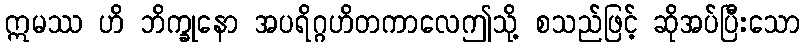
ဣမဿ ဟိ ဘိက္ခုနော အပရိဂ္ဂဟိတကာလေဤသို့ စသည်ဖြင့် ဆိုအပ်ပြီးသော